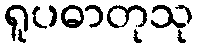
ရူပဓာတုသု